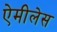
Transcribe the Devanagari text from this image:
ऐमीलेस